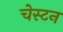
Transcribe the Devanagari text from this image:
चेस्टन